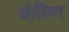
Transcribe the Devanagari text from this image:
जेलियन्